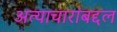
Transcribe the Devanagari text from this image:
अत्याचारांबद्दल